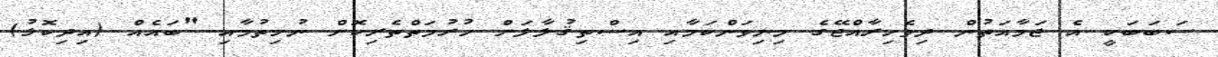
ސަބަބަކީ އެ ޖަމާއަތުން ދިވެހިރާއްޖޭގެ މިނިވަންކަމާއި އިސްތިޤުލާލަށް ހުރުމަތްތެރިކޮށް ނުހިތުމާއި "ބައެއް (އިދިކޮޅު)